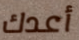
أعدك